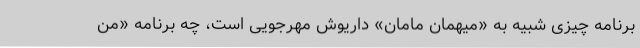
برنامه چیزی شبیه به «میهمان مامان» داریوش مهرجویی است، چه برنامه «من